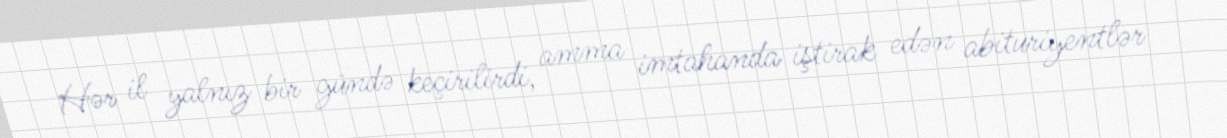
Hər il yalnız bir gündə keçirilirdi, amma imtahanda iştirak edən abituriyentlər